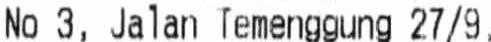
NO 3, JALAN TEMENGGUNG 27/9